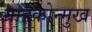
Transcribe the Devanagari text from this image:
ग्राहकोन्मुख